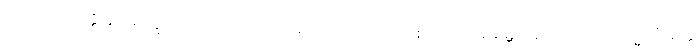
ဟောတိ, အတ္ထိ နု ခေါ ဣတောပိ အညော ယညော အပ္ပဋ္ဌတရော စ အပ္ပသမာရမ္ဘတရော စာတိ။ တသ္မာ “အတ္ထိ